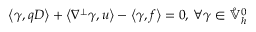
\left\langle \gamma , q D \right\rangle + \left\langle \nabla ^ { \perp } \gamma , u \right\rangle - \left\langle \gamma , f \right\rangle = 0 , \, \forall \gamma \in \mathring { \mathbb { V } } _ { h } ^ { 0 }